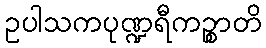
ဥပါသကပုဏ္ဍရီကဉ္စာတိ